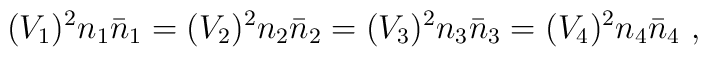
(V_1)^2 n_1 \bar n _1 = (V_2)^2 n_2 \bar n _2= (V_3)^2 n_3 \bar n_3 =(V_4)^2n_4 \bar n_4\ ,